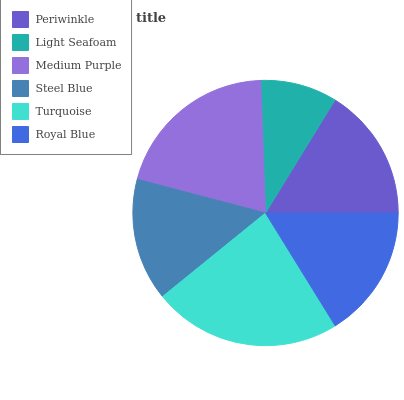
| Periwinkle | Light Seafoam | Medium Purple | Steel Blue | Turquoise | Royal Blue |
 | --- | --- | --- | --- | --- | --- |
 | 16.2% | 9.35% | 20.4% | 14.9% | 22.9% | 16.2% |